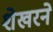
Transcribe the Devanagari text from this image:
शेखरने